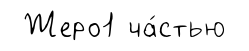
Жеро1 ча́стью